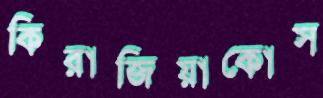
কিরাজিয়াকোস